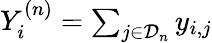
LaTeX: \begin{array}{r}{Y_{i}^{(n)}=\sum_{j\in\mathcal{D}_{n}}y_{i,j}}\end{array}